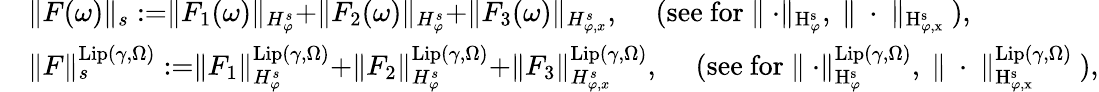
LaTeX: \begin{array}{rl}&{\rVert F(\omega)\rVert_{s}:=\rVert F_{1}(\omega)\rVert_{H_{\varphi}^{s}}+\rVert F_{2}(\omega)\rVert_{H_{\varphi}^{s}}+\rVert F_{3}(\omega)\rVert_{H_{\varphi,x}^{s}},\quad\mathrm{~(see~for~\rVert~\cdot\rVert_{H^s_{\varphi}},\ \rVert~\cdot~\rVert_{H^s_{\varphi,x}}~)},}\\ &{\rVert F\rVert_{s}^{\mathrm{Lip}(\gamma,\Omega)}:=\rVert F_{1}\rVert_{H_{\varphi}^{s}}^{\mathrm{Lip}(\gamma,\Omega)}+\rVert F_{2}\rVert_{H_{\varphi}^{s}}^{\mathrm{Lip}(\gamma,\Omega)}+\rVert F_{3}\rVert_{H_{\varphi,x}^{s}}^{\mathrm{Lip}(\gamma,\Omega)},\quad\mathrm{~(see~for~\rVert~\cdot\rVert_{H^s_{\varphi}}^{\mathrm{Lip}(\gamma,\Omega)},\ \rVert~\cdot~\rVert_{H^s_{\varphi,x}}^{\mathrm{Lip}(\gamma,\Omega)}~)},}\end{array}